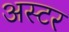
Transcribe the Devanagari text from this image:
अस्टर